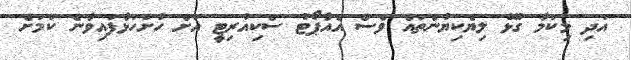
އަދި މިކަމާ ގުޅޭ ލިޔެކިޔުންތައް ވެސް އެއާޕޯޓު ސެކިއުރިޓީ އަށް ހުށަހަޅާފައިވާނެ ކަމަށް